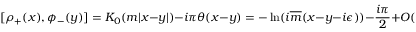
[ \rho _ { + } ( x ) , \phi _ { - } ( y ) ] = K _ { 0 } ( m | x - y | ) - i \pi \theta ( x - y ) = - \ln ( i \overline { { { m } } } ( x - y - i \epsilon ) ) - \frac { i \pi } { 2 } + O ( ( x - y ) ^ { 2 } ) \,